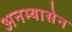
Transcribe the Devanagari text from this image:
अनभ्यासेन